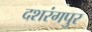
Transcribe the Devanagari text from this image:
दशरंगपुर